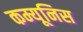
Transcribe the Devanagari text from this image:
कम्यूनिस